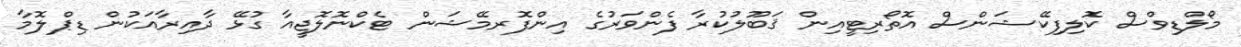
މޯލްޑިވްސް ކޮލިފިކޭޝަންސް އޮތޯރިޓީއިން ޤަބޫލުކުރާ ފެންވަރުގެ އިންފޮރމޭޝަން ޓެކްނޮލޮޖީއާ ގުޅޭ ދާއިރާއަކުން ޑިޕްލޮމާ